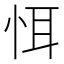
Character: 𢙘